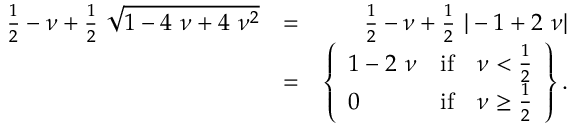
\begin{array} { r l r } { \frac { 1 } { 2 } - \nu + \frac { 1 } { 2 } ~ \sqrt { 1 - 4 ~ \nu + 4 ~ \nu ^ { 2 } } } & { = } & { \frac { 1 } { 2 } - \nu + \frac { 1 } { 2 } ~ | - 1 + 2 ~ \nu | } \\ & { = } & { \left\{ \begin{array} { l l l } { 1 - 2 ~ \nu } & { \mathrm { i f } } & { \nu < \frac { 1 } { 2 } } \\ { 0 } & { \mathrm { i f } } & { \nu \geq \frac { 1 } { 2 } } \end{array} \right\} . } \end{array}